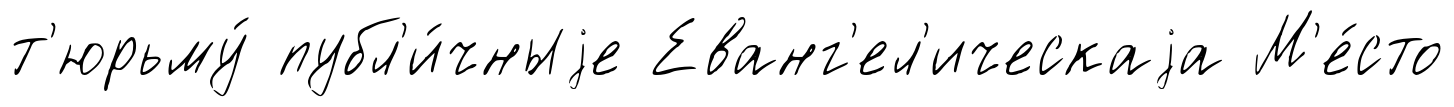
т'юрьму́ публ'и́чныjе Еванг'ел'ическаjа М'е́сто